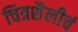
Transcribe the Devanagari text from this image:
चित्रशैलीचं